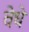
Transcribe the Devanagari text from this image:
वेधे